Indian journal of veterinary science and animal husbandry - Volume 5,
Year: 1935
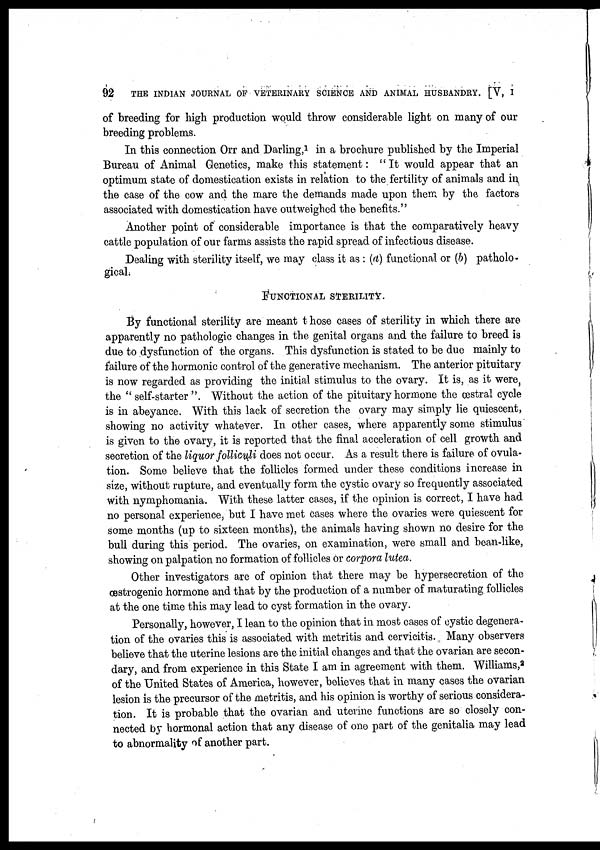
92
THE INDIAN JOURNAL OF VETERINARY SCIENCE AND ANIMAL HUSBANDRY. [V, I
of breeding for high production would throw considerable light on many of our
breeding problems.
In this connection Orr and Darling, 1 in a brochure published by the Imperial
Bureau of Animal Genetics, make this statement: "It would appear that an
optimum state of domestication exists in relation to the fertility of animals and in
the case of the cow and the mare the demands made upon them by the factors
associated with domestication have outweighed the benefits."
Another point of considerable importance is that the comparatively heavy
cattle population of our farms assists the rapid spread of infectious disease.
Dealing with sterility itself, we may class it as : (a) functional or (b) patholo-
gical.
FUNCTIONAL STERILITY.
By functional sterility are meant those cases of sterility in which there are
apparently no pathologic changes in the genital organs and the failure to breed is
due to dysfunction of the organs. This dysfunction is stated to be due mainly to
failure of the hormonic control of the generative mechanism. The anterior pituitary
is now regarded as providing the initial stimulus to the ovary. It is, as it were,
the " self-starter ". Without the action of the pituitary hormone the œstral cycle
is in abeyance. With this lack of secretion the ovary may simply lie quiescent,
showing no activity whatever. In other cases, where apparently some stimulus
is given to the ovary, it is reported that the final acceleration of cell growth and
secretion of the liquor folliculi does not occur. As a result there is failure of ovula-
tion. Some believe that the follicles formed under these conditions increase in
size, without rupture, and eventually form the cystic ovary so frequently associated
with nymphomania. With these latter cases, if the opinion is correct, I have had
no personal experience, but I have met cases where the ovaries were quiescent for
some months (up to sixteen months), the animals having shown no desire for the
bull during this period. The ovaries, on examination, were small and bean-like,
showing on palpation no formation of follicles or corpora lutea.
Other investigators are of opinion that there may be hypersecretion of the
œstrogenic hormone and that by the production of a number of maturating follicles
at the one time this may lead to cyst formation in the ovary.
Personally, however, I lean to the opinion that in most cases of cystic degenera-
tion of the ovaries this is associated with metritis and cervicitis. Many observers
believe that the uterine lesions are the initial changes and that the ovarian are secon-
dary, and from experience in this State I am in agreement with them. Williams, 2
of the United States of America, however, believes that in many cases the ovarian
lesion is the precursor of the metritis, and his opinion is worthy of serious considera-
tion. It is probable that the ovarian and uterine functions are so closely con-
nected by hormonal action that any disease of one part of the genitalia may lead
to abnormality of another part.